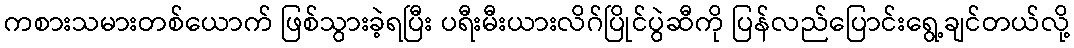
ကစားသမားတစ်ယောက် ဖြစ်သွားခဲ့ရပြီး ပရီးမီးယားလိဂ်ပြိုင်ပွဲဆီကို ပြန်လည်ပြောင်းရွေ့ချင်တယ်လို့